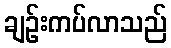
ချဉ်းကပ်လာသည်